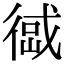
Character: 𢔹